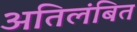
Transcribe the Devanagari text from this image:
अतिलंबित